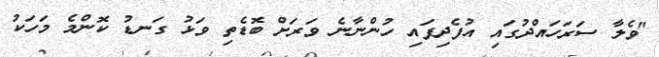
"ވެލާ ސަރަހައްދުގައި އުފެދިފައި ހުންނާނެ ވަރަށް ބޮޑެތި ވަޅު ގަނޑު ކޮންމެ މަހަކު